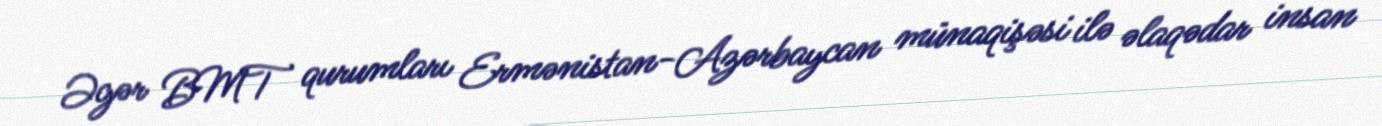
Əgər BMT qurumları Ermənistan-Azərbaycan münaqişəsi ilə əlaqədar insan